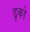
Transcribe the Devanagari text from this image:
डूको